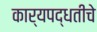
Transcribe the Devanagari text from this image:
कार्यपद्धतीचे